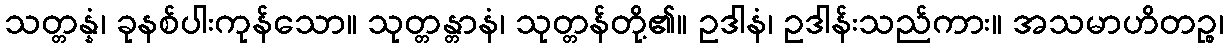
သတ္တန္နံ၊ ခုနစ်ပါးကုန်သော။ သုတ္တန္တာနံ၊ သုတ္တန်တို့၏။ ဥဒါနံ၊ ဥဒါန်းသည်ကား။ အသမာဟိတဉ္စ၊